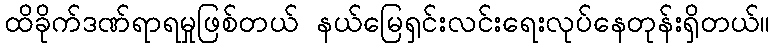
ထိခိုက်ဒဏ်ရာရမှုဖြစ်တယ် နယ်မြေရှင်းလင်းရေးလုပ်နေတုန်းရှိတယ်။